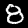
Label: 8